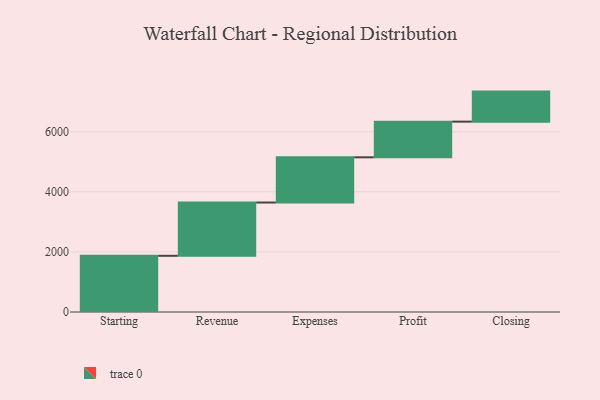
{"axis": {"x": "Step", "y": "Value"}, "legend": [""], "data": [{"x": "Starting", "y": 1871.0, "type": ""}, {"x": "Revenue", "y": 1773.0, "type": ""}, {"x": "Expenses", "y": 1505.0, "type": ""}, {"x": "Profit", "y": 1187.0, "type": ""}, {"x": "Closing", "y": 1000, "type": ""}]}